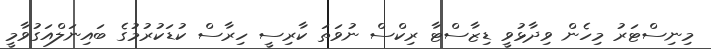
މިނިސްޓަރު މިހެން ވިދާޅުވީ ޑިޒާސްޓާ ރިކްސް ނުވަތަ ކާރިސީ ހިރާސް ކުޑަކުރުމުގެ ބައިނަލްއަގުވާމީ